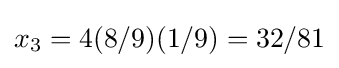
x_{3}=4(8/9)(1/9)=32/81